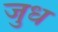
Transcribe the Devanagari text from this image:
जुध